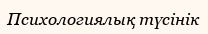
Психологиялық түсінік